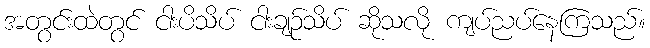
အတွင်းထဲတွင် ငါးပိသိပ် ငါးချဉ်သိပ် ဆိုသလို ကျပ်ညပ်နေကြသည်။